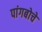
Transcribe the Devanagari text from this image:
पांगबोचे